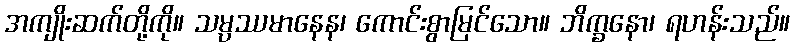
အကျိုးဆက်တို့ကို။ သမ္ပဿမာနေန၊ ကောင်းစွာမြင်သော။ ဘိက္ခနော၊ ရဟန်းသည်။